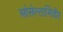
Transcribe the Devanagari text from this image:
ओसेल्तामिवीर